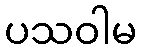
ပသဝါမ